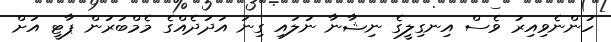
ހުންނެވިއިރު ވެސް އިނގިލީގެ ނިޝާނާ ނުލައި ގިނަ އަދަދެއްގެ މެމްބަރުން ޕާޓީ އަށް